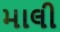
માલી